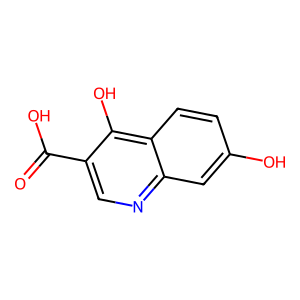
SMILES: O=C(O)c1cnc2cc(O)ccc2c1O
Inhibits HIV replication: No